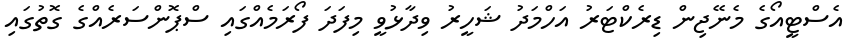
އެސްޓީއޯގެ މެނޭޖިން ޑިރެކްޓަރު އަހްމަދު ޝަހީރު ވިދާޅުވީ މިފަަދަ ފޯރަމެއްގައި ސްޕޮންސަރެއްގެ ގޮތުގައި